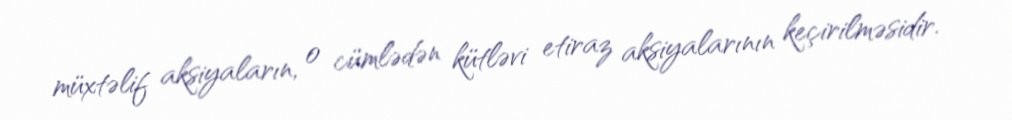
müxtəlif aksiyaların, o cümlədən kütləvi etiraz aksiyalarının keçirilməsidir.